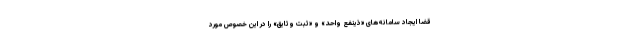
قضا ایجاد سامانه‌های «ذینفع واحد» و «ثبت وثایق» را در این خصوص مورد